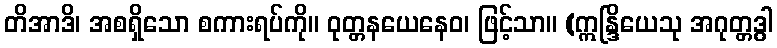
တိအာဒိ၊ အစရှိသော စကားရပ်ကို။ ဝုတ္တနယေနေဝ၊ ဖြင့်သာ။ (ဣန္ဒြိယေသု အဂုတ္တဒွါ